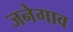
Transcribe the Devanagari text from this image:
जनेगाव